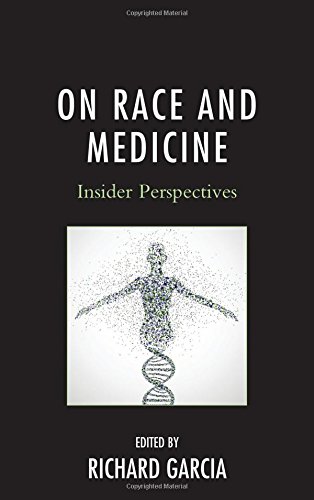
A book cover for On Race and Medicine: Insider Perspectives; Richard, M.D. Garcia; Politics & Social Sciences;